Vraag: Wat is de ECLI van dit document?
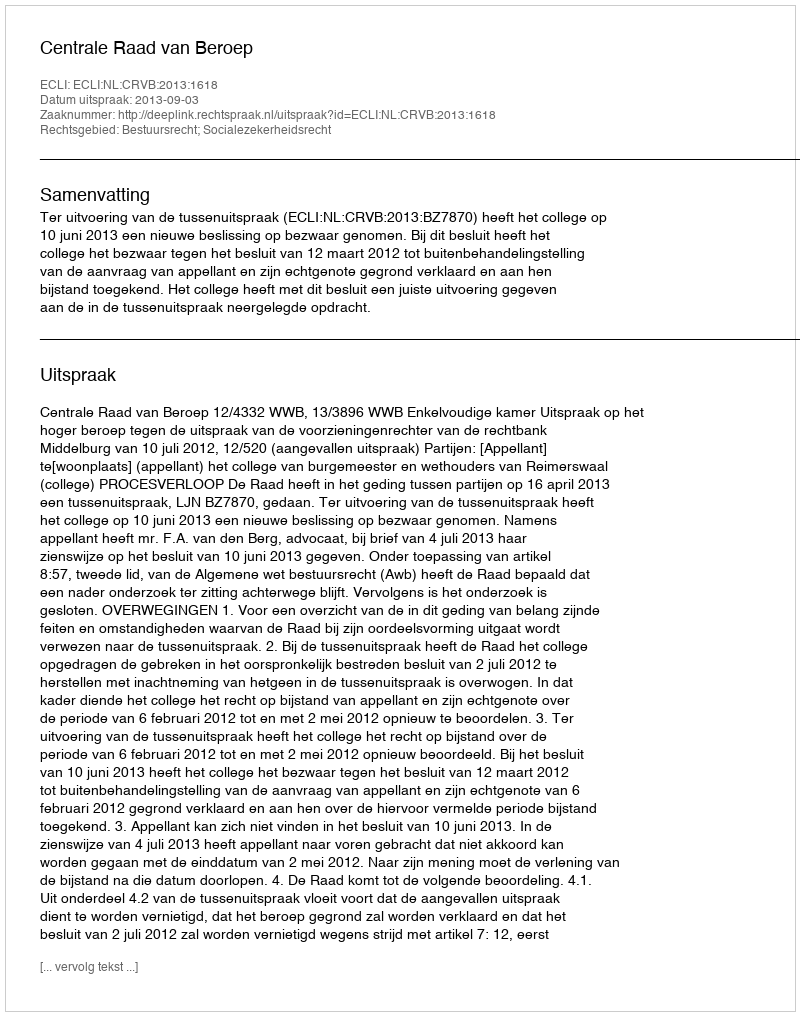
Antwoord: ECLI:NL:CRVB:2013:1618